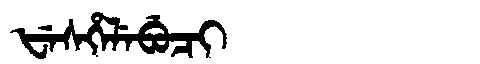
Manchu: ᡶᡝᠰᡥᡝᠯᡝᠪᡠᠴᡳ
Romanization: FESHELEBUCI